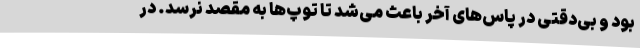
بود و بی‌دقتی در پاس‌های آخر باعث می‌شد تا توپ‌ها به مقصد نرسد. در